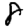
Digit: 8